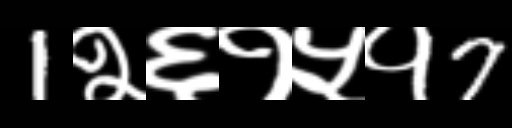
Text: 1२६१५१7